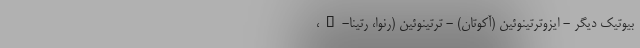
بیوتیک دیگر - ایزوترتینوئین (آکوتان) - ترتینوئین (رنوا، رتینا-A،